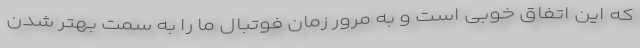
که این اتفاق خوبی است و به مرور زمان فوتبال ما را به سمت بهتر شدن